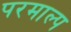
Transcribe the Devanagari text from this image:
परमाल्प